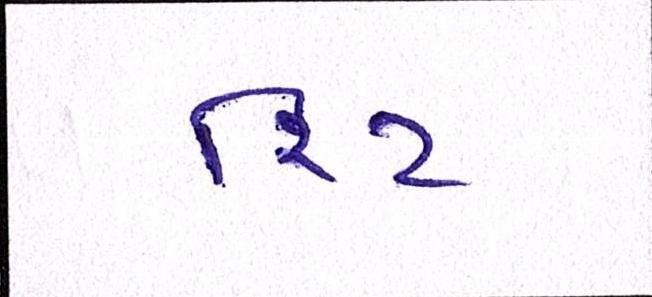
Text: રિટ